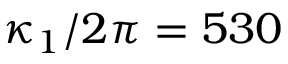
\kappa _ { 1 } / 2 \pi = 5 3 0